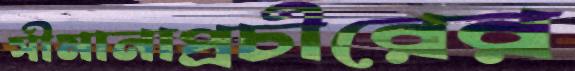
সীমানাপ্রচীরের